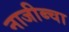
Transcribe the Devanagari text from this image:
नाजीब्चा